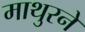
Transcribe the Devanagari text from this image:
माथुरने